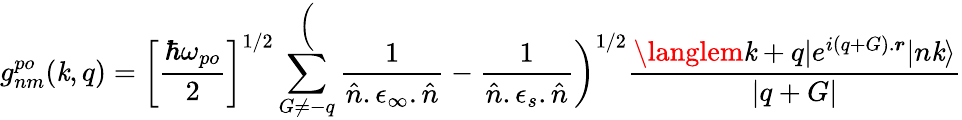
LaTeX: g_{nm}^{po}(\mathit{k},q)=\bigg[\frac{{\hbar\omega_{po}}}{{2}}\bigg]^{1/2}\sum_{G\neq-q}^\bigg(\frac{{1}}{{\hat{{n}}.\epsilon_{\infty}.\hat{{n}}}}-\frac{{1}}{{\hat{{n}}.\epsilon_{s}.\hat{{n}}}}\bigg)^{1/2}\frac{{\langlem\mathit{k}+q|e^{i(q+G).\boldsymbol{r}}|n\mathit{k}\rangle}}{{|q+G|}}